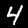
Label: 4